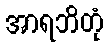
အာရဘိတုံ